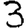
Digit: 3